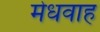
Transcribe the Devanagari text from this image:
मेधवाह